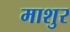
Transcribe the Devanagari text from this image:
माशुर